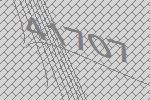
41707